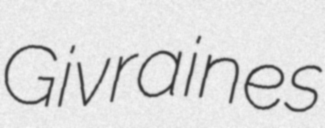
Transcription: Givraines